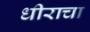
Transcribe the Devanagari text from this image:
धीराचा